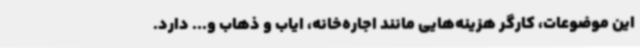
این موضوعات، کارگر هزینه‌هایی مانند اجاره‌خانه، ایاب و ذهاب و... دارد.